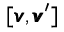
[ { \pmb v } , { \pmb v } ^ { \prime } ]